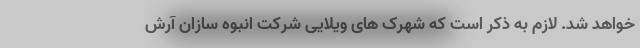
خواهد شد. لازم به ذکر است که شهرک های ویلایی شرکت انبوه سازان آرش